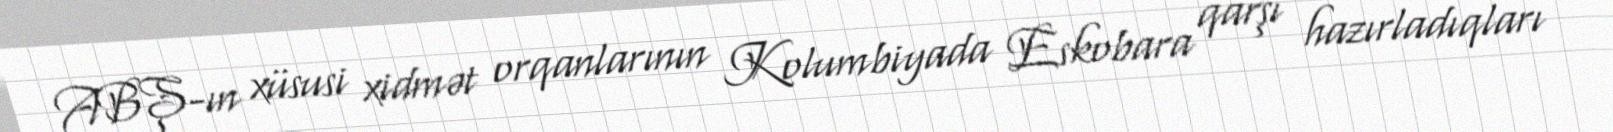
ABŞ-ın xüsusi xidmət orqanlarının Kolumbiyada Eskobara qarşı hazırladıqları